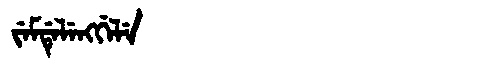
Manchu: ᠵᡝᠮᡩᡝᠯᡝᠩᡤᡝᠯᡝ
Romanization: JEMDELENGGELE